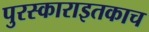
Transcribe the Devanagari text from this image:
पुरस्काराइतकाच